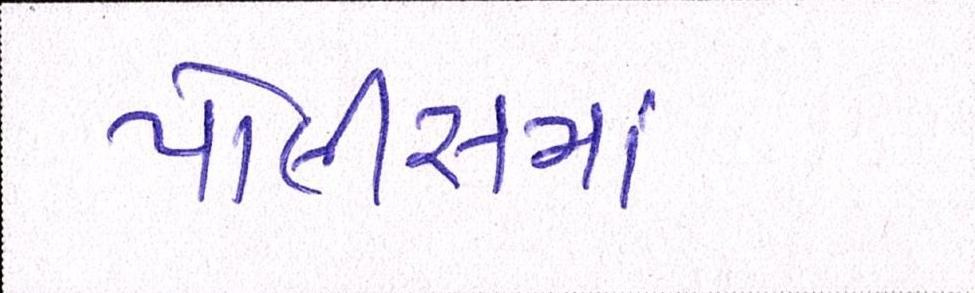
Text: પોલીસમાં